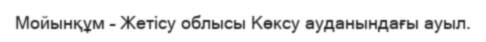
Мойынқұм – Жетісу облысы Көксу ауданындағы ауыл.